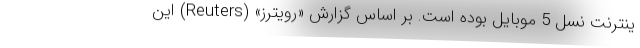
ینترنت نسل 5 موبایل بوده است. بر اساس گزارش «رویترز» (Reuters) این